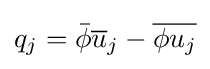
q_{j}={\bar {\phi }}{\overline {u}}_{j}-{\overline {\phi u_{j}}}